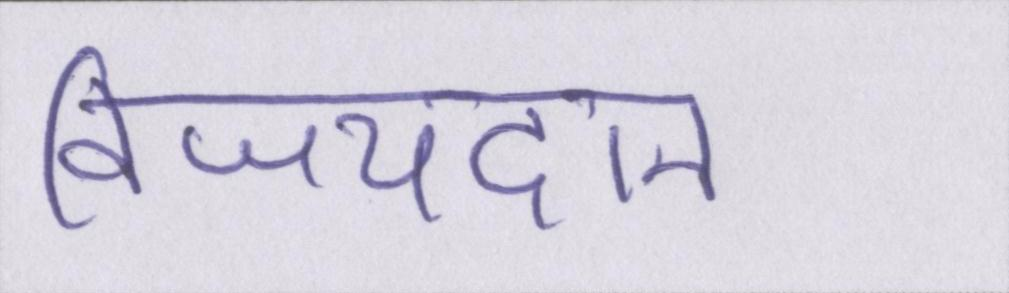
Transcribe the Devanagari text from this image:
विजयदान